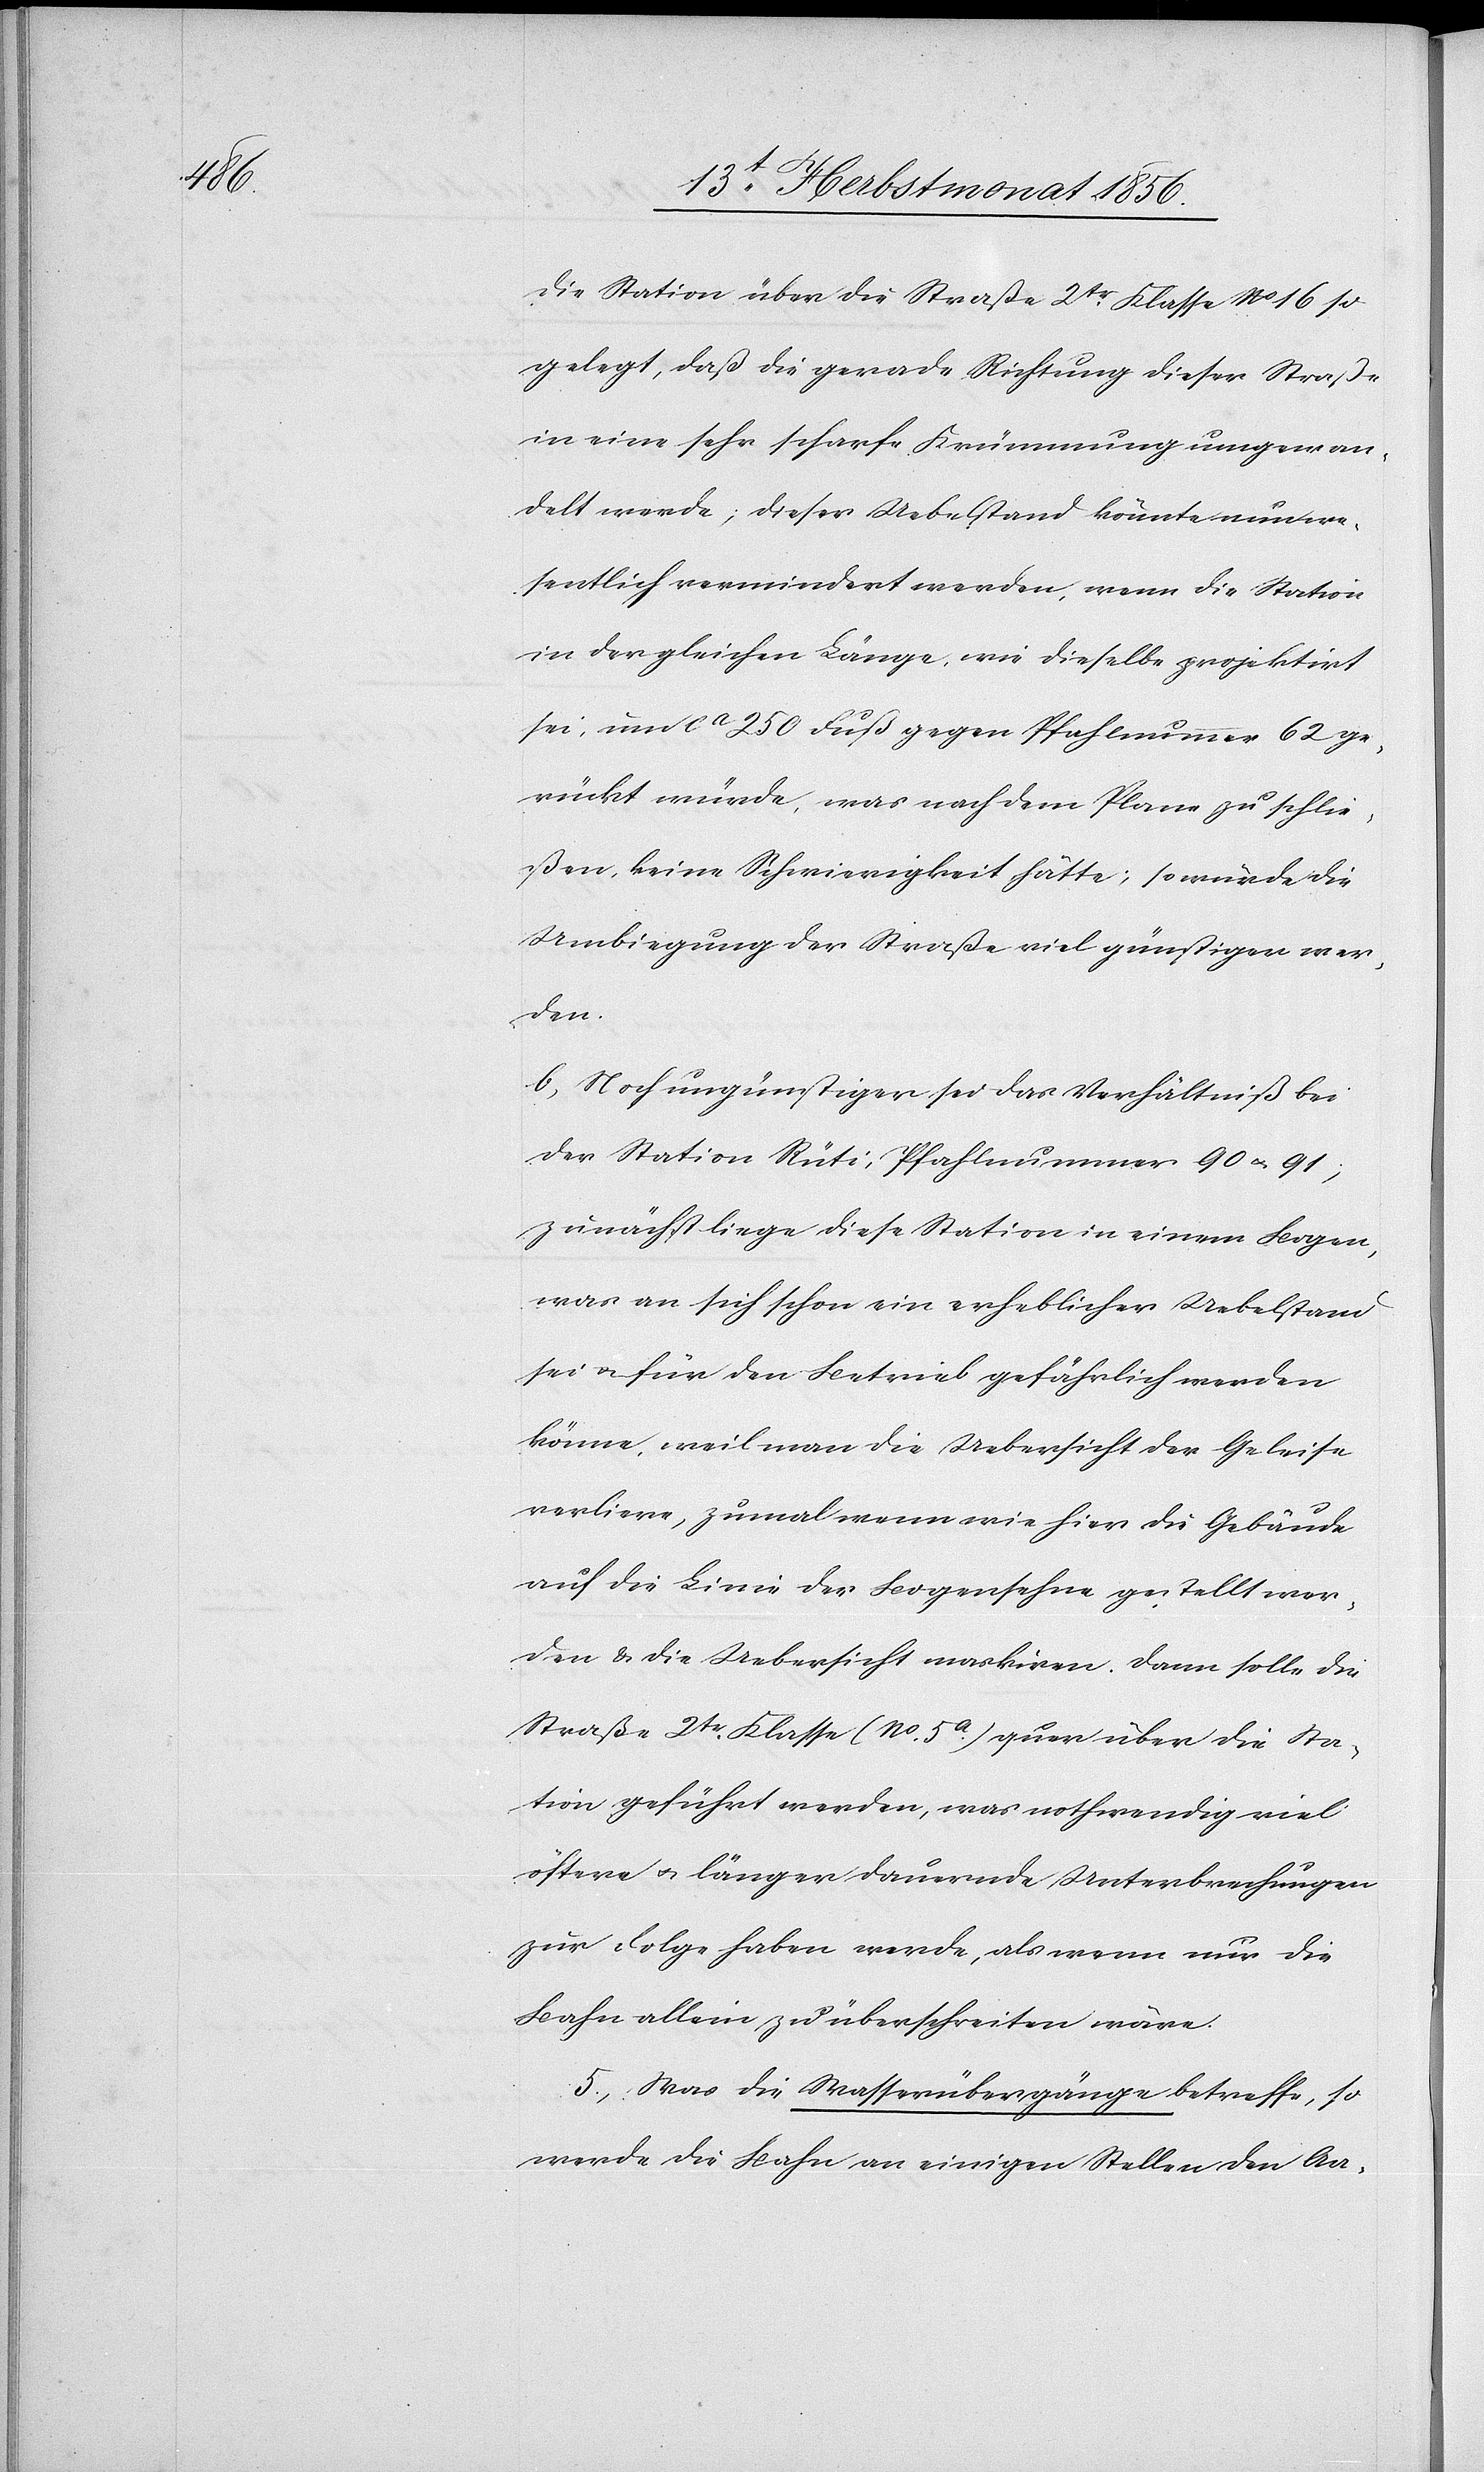
die Station über die Straße 2tr Klasse No 16 so
gelegt, daß die gerade Richtung dieser Straße
in eine sehr scharfe Krümmung umgewan¬
delt werde; dieser Uebelstand könnte nun we¬
sentlich vermindert werden, wenn die Station
in der gleichen Länge, wie dieselbe projektirt
sei, um ca 250 Fuß gegen Pfahlnummer 62 ge¬
rückt würde, was nach dem Plane zu schlie¬
ßen, keine Schwierigkeit hätte; so würde die
Umbiegung der Straße viel günstiger wer¬
den.
b. Noch ungünstiger sei das Verhältniß bei
der Station Rüti, Pfahlnummer 90 u. 91;
zunächst liege diese Station in einem Bogen,
was an sich schon ein erheblicher Uebelstand
sei u. für den Betrieb gefährlich werden
könne, weil man die Uebersicht der Geleise
verliere, zumal wenn wie hier die Gebäude
auf die Linie der Bogensehne gestellt wer¬
den & die Uebersicht maskiren. Dann solle die
Straße 2tr Klasse (No 5a) quer über die Sta¬
tion geführt werden, was nothwendig viel
öfters u. länger dauernde Unterbrechungen
zur Folge haben werde, als wenn nur die
Bahn allein zu überschreiten wäre.
5.) Was die Wasserübergänge betreffe, so
werde die Bahn an einigen Stellen den Aa-